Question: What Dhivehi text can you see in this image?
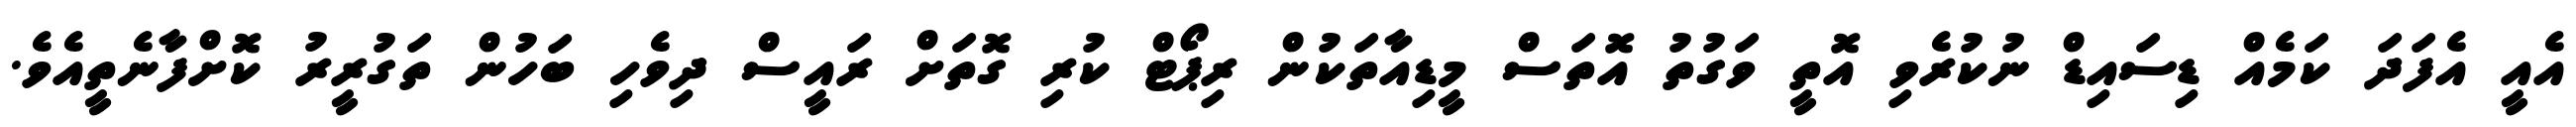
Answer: އެއީ އެފަދަ ކަމެއް ޑިސައިޑް ނުކުރެވި އޮތީ ވަގުތު އޮތަސް މީޑިއާތަކުން ރިޕޯޓް ކުރި ގޮތަށް ރައީސް ދިވެހި ބަހުން ތަގުރީރު ކޮށްފާނެތީއެވެ.